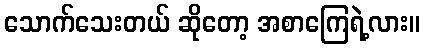
သောက်သေးတယ် ဆိုတော့ အစာကြေရဲ့လား။